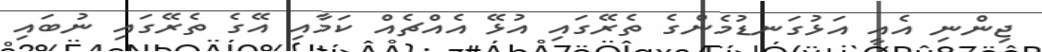
ޖިންނި އެއީ އަޅުގަނޑުމެންގެ ތެރޭގައި އުޅޭ އެއްޗެއް ކަމާއި އޭގެ ތެރޭގައި ނުބައި